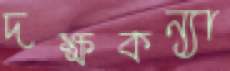
দক্ষকন্যা